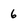
Character: 6